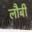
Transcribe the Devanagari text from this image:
लौबी